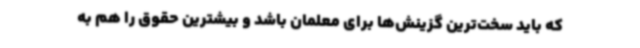
که باید سخت‌ترین گزینش‌ها برای معلمان باشد و بیشترین حقوق را هم به